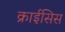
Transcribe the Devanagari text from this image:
क्राईसिस